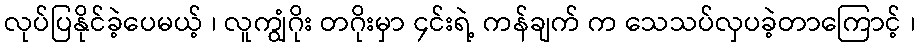
လုပ်ပြနိုင်ခဲ့ပေမယ့် ၊ လူကျွံဂိုး တဂိုးမှာ ၄င်းရဲ့ ကန်ချက် က သေသပ်လှပခဲ့တာကြောင့် ၊